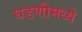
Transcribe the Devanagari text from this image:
घडणीमध्ये